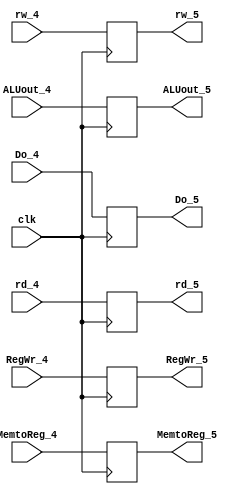
module me_wr(clk,Do_4,ALUout_4,rw_4,MemtoReg_4,RegWr_4,rd_4,
	Do_5,ALUout_5,rw_5,MemtoReg_5,RegWr_5,rd_5);
	input clk;
	input[31:0] Do_4,ALUout_4;
	input[4:0] rw_4,rd_4;
	input MemtoReg_4,RegWr_4;
	output reg[31:0] Do_5,ALUout_5;
	output reg[4:0] rw_5,rd_5;
	output reg MemtoReg_5,RegWr_5;

	initial
	begin
		Do_5 = 0;
		ALUout_5 = 0;
		rw_5 = 0;
		MemtoReg_5 = 0;
		RegWr_5 = 0;
		rd_5 =0;
	end
	always @(negedge clk) begin
		Do_5 <= Do_4;
		ALUout_5 <= ALUout_4;
		rw_5 <= rw_4;
		MemtoReg_5 <= MemtoReg_4;
		RegWr_5 <= RegWr_4;
		rd_5 <= rd_4;
	end
endmodule